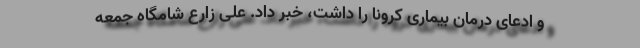
و ادعای درمان بیماری کرونا را داشت، خبر داد. علی زارع شامگاه جمعه